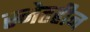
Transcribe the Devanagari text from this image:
स्नेहहीन